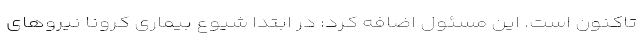
تاکنون است. این مسئول اضافه کرد: در ابتدا شیوع بیماری کرونا نیروهای